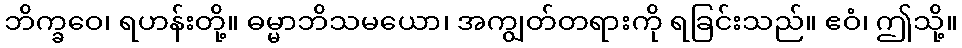
ဘိက္ခဝေ၊ ရဟန်းတို့။ ဓမ္မာဘိသမယော၊ အကျွတ်တရားကို ရခြင်းသည်။ ဧဝံ၊ ဤသို့။